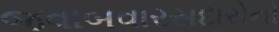
જવાબવારસદારોનો